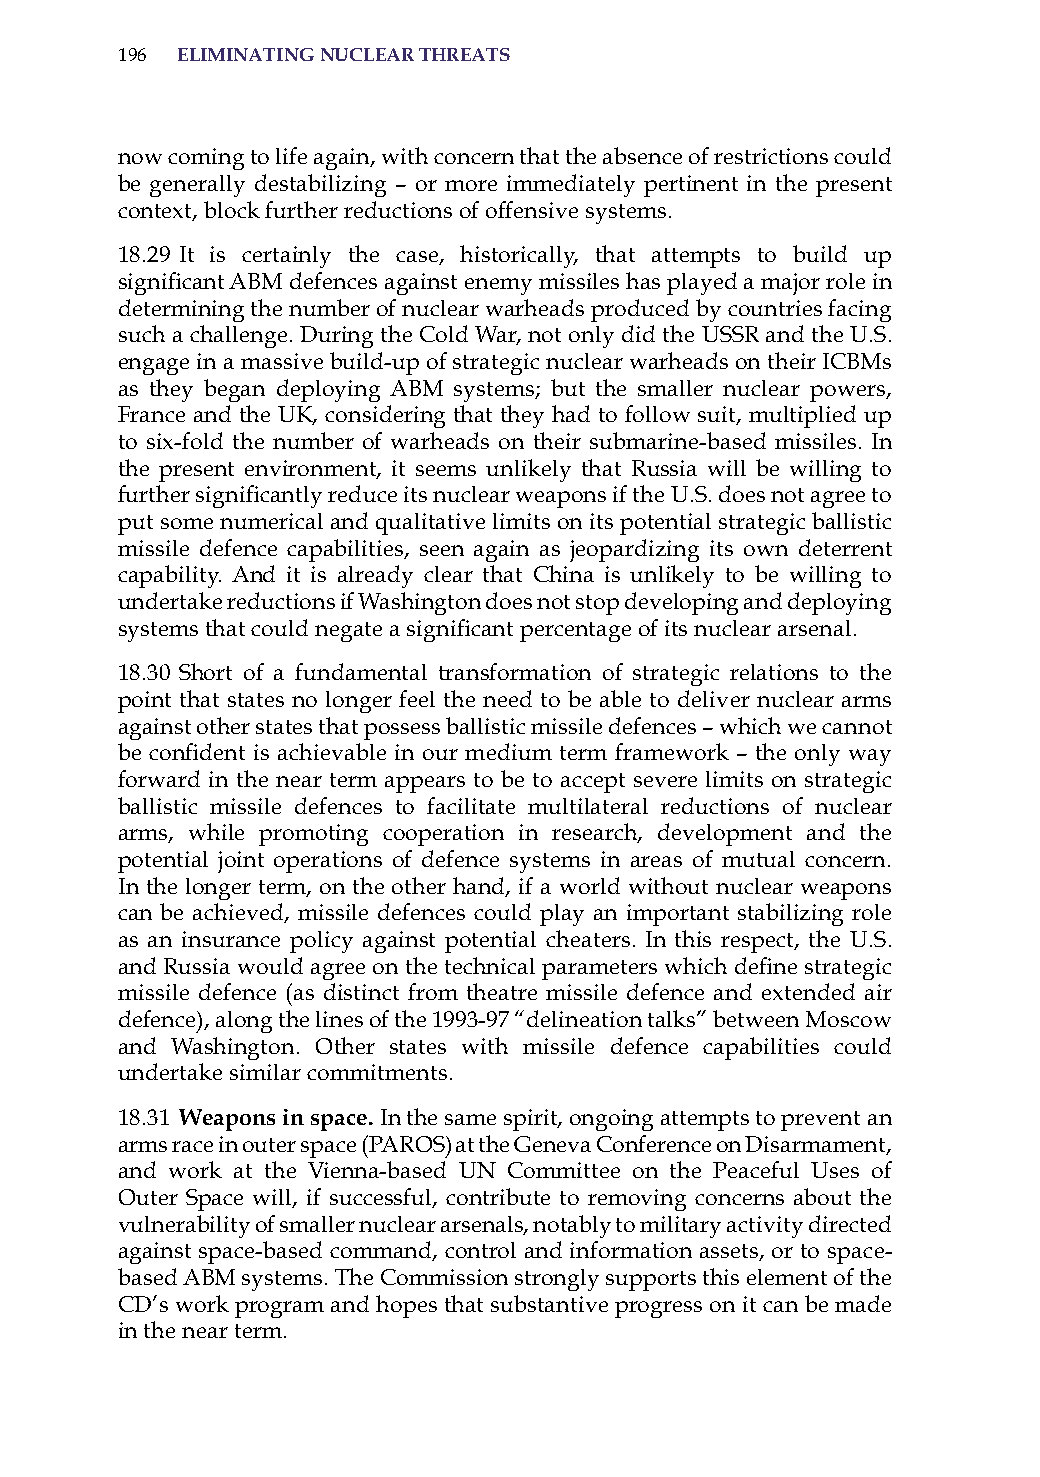
196 eliminatinG nuclear threats
 now coming to life again, with concern that the absence of restrictions could
 be generally destabilizing – or more immediately pertinent in the present
 context, block further reductions of offensive systems.
 18.29 it is certainly the case, historically, that attempts to build up
 significant ABM defences against enemy missiles has played a major role in
 determining the number of nuclear warheads produced by countries facing
 such a challenge. During the Cold War, not only did the Ussr and the U.s.
 engage in a massive build-up of strategic nuclear warheads on their iCBMs
 as they began deploying aBM systems; but the smaller nuclear powers,
 France and the UK, considering that they had to follow suit, multiplied up
 to six-fold the number of warheads on their submarine-based missiles. in
 the present environment, it seems unlikely that russia will be willing to
 further significantly reduce its nuclear weapons if the U.S. does not agree to
 put some numerical and qualitative limits on its potential strategic ballistic
 missile defence capabilities, seen again as jeopardizing its own deterrent
 capability. and it is already clear that China is unlikely to be willing to
 undertake reductions if Washington does not stop developing and deploying
 systems that could negate a significant percentage of its nuclear arsenal.
 18.30 short of a fundamental transformation of strategic relations to the
 point that states no longer feel the need to be able to deliver nuclear arms
 against other states that possess ballistic missile defences – which we cannot
 be confident is achievable in our medium term framework – the only way
 forward in the near term appears to be to accept severe limits on strategic
 ballistic missile defences to facilitate multilateral reductions of nuclear
 arms, while promoting cooperation in research, development and the
 potential joint operations of defence systems in areas of mutual concern.
 in the longer term, on the other hand, if a world without nuclear weapons
 can be achieved, missile defences could play an important stabilizing role
 as an insurance policy against potential cheaters. in this respect, the U.s.
 and Russia would agree on the technical parameters which define strategic
 missile defence (as distinct from theatre missile defence and extended air
 defence), along the lines of the 1993-97 “delineation talks” between Moscow
 and Washington. other states with missile defence capabilities could
 undertake similar commitments.
 18.31 weapons in space. in the same spirit, ongoing attempts to prevent an
 arms race in outer space (Paros) at the Geneva Conference on Disarmament,
 and work at the Vienna-based UN Committee on the Peaceful Uses of
 outer space will, if successful, contribute to removing concerns about the
 vulnerability of smaller nuclear arsenals, notably to military activity directed
 against space-based command, control and information assets, or to space-
 based aBM systems. The Commission strongly supports this element of the
 CD’s work program and hopes that substantive progress on it can be made
 in the near term.